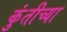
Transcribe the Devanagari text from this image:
कुंतीच्या